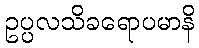
ဥပ္ပလသိခရောပမာနိ